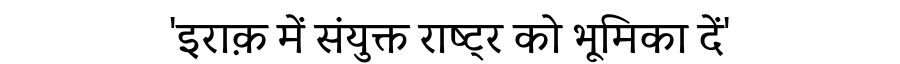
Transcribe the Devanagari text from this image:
'इराक़ में संयुक्त राष्ट्र को भूमिका दें'